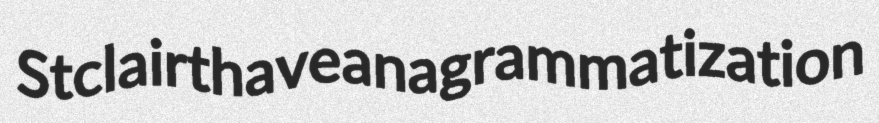
Stclair thave anagrammatization